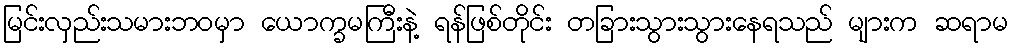
မြင်းလှည်းသမားဘဝမှာ ယောက္ခမကြီးနဲ့ ရန်ဖြစ်တိုင်း တခြားသွားသွားနေရသည် များက ဆရာမ